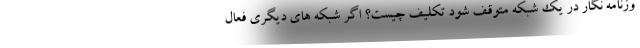
وزنامه نگار در یک شبکه متوقف شود تکلیف چیست؟ اگر شبکه های دیگری فعال